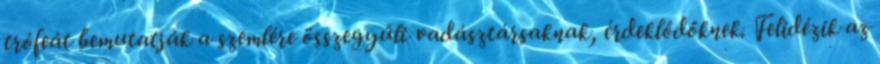
trófeát bemutatják a szemlére összegyűlt vadásztársaknak, érdeklődőknek. Felidézik az